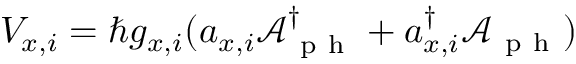
V _ { x , i } = \hbar g _ { x , i } ( a _ { x , i } \mathcal { A } _ { \mathrm { ~ p ~ h ~ } } ^ { \dagger } + a _ { x , i } ^ { \dagger } \mathcal { A } _ { \mathrm { ~ p ~ h ~ } } )